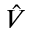
\hat { V }